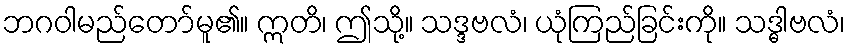
ဘဂဝါမည်တော်မူ၏။ ဣတိ၊ ဤသို့။ သဒ္ဒဗလံ၊ ယုံကြည်ခြင်းကို။ သဒ္ဓါဗလံ၊